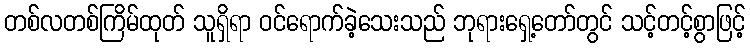
တစ်လတစ်ကြိမ်ထုတ် သူရှိရာ ဝင်ရောက်ခဲ့သေးသည် ဘုရားရှေ့တော်တွင် သင့်တင့်စွာဖြင့်